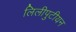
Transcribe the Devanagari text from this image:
लिलीपुटीयन